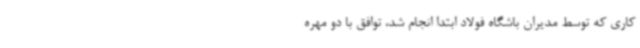
کاری که توسط مدیران باشگاه فولاد ابتدا انجام شد، توافق با دو مهره